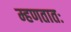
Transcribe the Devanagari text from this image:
म्हणतातः